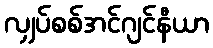
လျှပ်စစ်အင်ဂျင်နီယာ